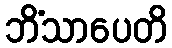
ဘိံသာပေတိ